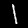
Label: 1